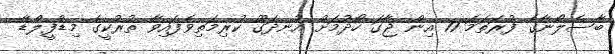
ބާސެލޯނާގެ ފުރަތަމަ 11 އިން ޖާގަ ހޯދުމަށް އުނދަގޫ ކުރިމަތިވެފައިވާ ތުރުކީގެ މިޑްފީލްޑާ